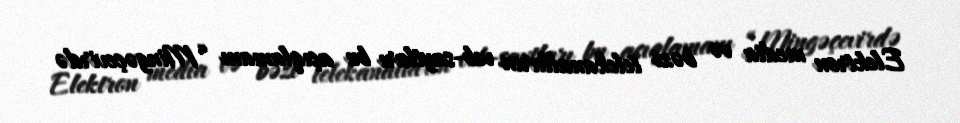
Elektron media və bəzi telekanalların veb-saytları bu açıqlamanı “Mingəçevirdə